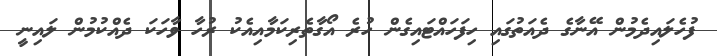
ފުހެލައިދެމުން އޭނާގެ ދެއަތުގައި ހިފަހައްޓައިގެން ހުރެ އޯގާތެރިކަމާއިއެކު ރުހާ ވާހަކަ ދެއްކުމުން ލައިނީ